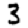
Digit: 3